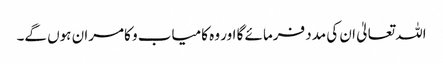
اللہ تعالیٰ ان کی مدد فرمائے گا اور وہ کامیاب و کامران ہوں گے۔